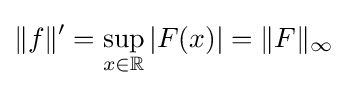
\|f\|'=\sup _{x\in \mathbb {R} }|F(x)|=\|F\|_{\infty }